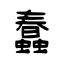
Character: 蠢